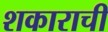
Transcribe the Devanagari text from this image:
शकाराची